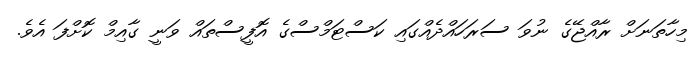
މިހާތަނަށް ރާއްޖޭގެ ނުވަ ސަރަހައްދެއްގައި ކަސްޓަމްސްގެ އޮފީސްތައް ވަނީ ގާއިމް ކޮށްފަ އެވެ.